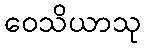
ဝေသိယာသု